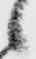
候